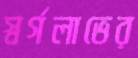
স্বর্গলাভের